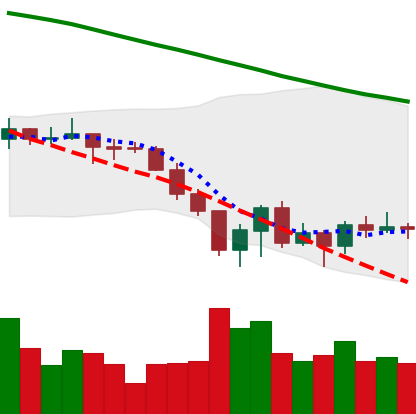
Ticker: XLM-USD
Chart end date: 2022-06-22
Forward return: 5.032%
Label: up_5_7